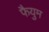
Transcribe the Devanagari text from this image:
फैयुम